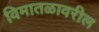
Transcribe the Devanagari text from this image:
विमातळावरील